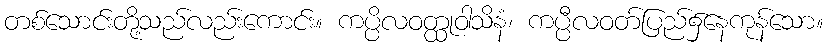
တစ်သောင်းတို့သည်လည်းကောင်း။ ကပ္ပိလဝတ္ထုဝါသိနံ၊ ကပ္ပီလဝတ်ပြည်၌နေကုန်သော။